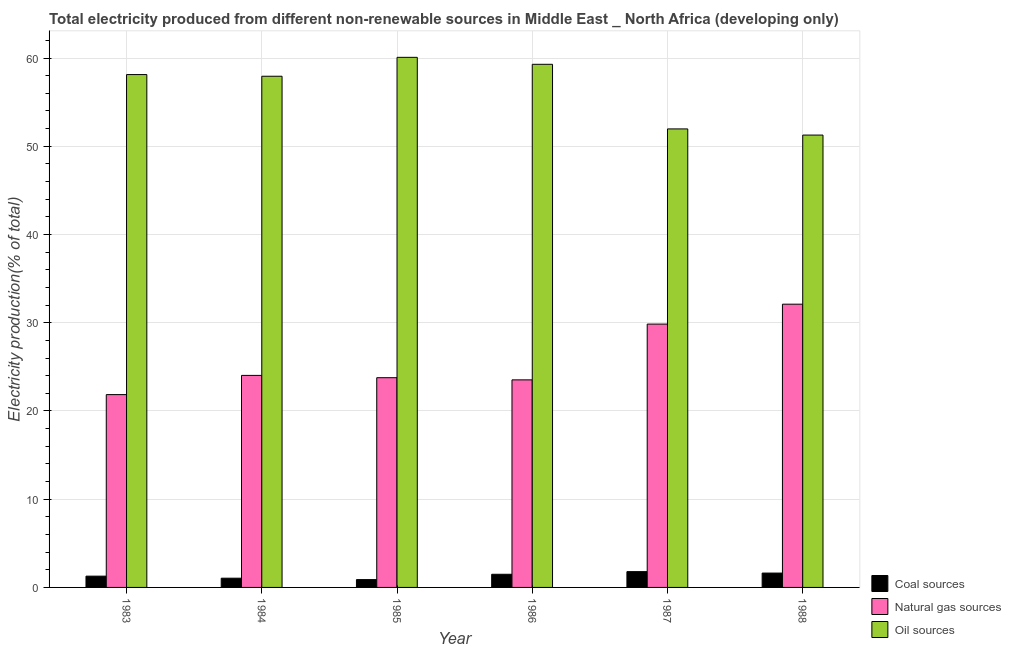
| Year | Coal sources | Natural gas sources | Oil sources |
 | --- | --- | --- | --- |
 | 1983 | 1.28 | 21.9 | 58.1 |
 | 1984 | 1.05 | 24 | 57.9 |
 | 1985 | 0.887 | 23.8 | 60.1 |
 | 1986 | 1.49 | 23.5 | 59.3 |
 | 1987 | 1.79 | 29.8 | 52 |
 | 1988 | 1.63 | 32.1 | 51.3 |